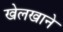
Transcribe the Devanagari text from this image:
खेलखाने